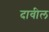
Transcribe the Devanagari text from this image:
दावील